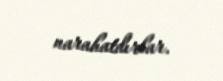
narahatdırlar.